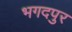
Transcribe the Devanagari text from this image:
भगदपुर